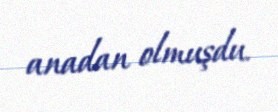
anadan olmuşdu.